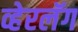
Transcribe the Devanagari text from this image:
व्हेरलॅग